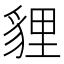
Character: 貍